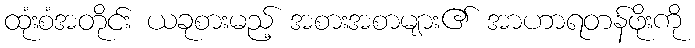
ထုံးစံအတိုင်း ယခုစားမည့် အစားအစာများ၏ အာဟာရတန်ဖိုးကို